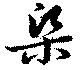
梁